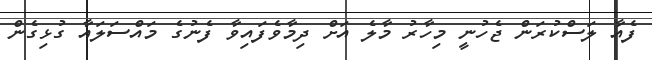
ފެއާ ލަސްކުރަން ޖެހުނީ މިހާރު މާލެ އަށް ދިމާވެފައިވާ ފެނުގެ މައްސަލައާ ގުޅިގެން